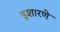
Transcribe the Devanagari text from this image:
इशारणे